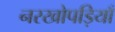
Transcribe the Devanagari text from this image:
नरखोपड़ियाँ